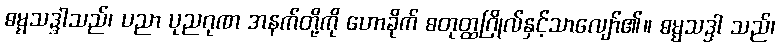
ဓမ္မသဒ္ဒါသည်၊ ပညာ ပုညဂုဏ အနက်တို့ကို ဟောခိုက် စတုတ္ထဂြိုလ်နှင့်သာလျော်၏။ ဓမ္မသဒ္ဒါ သည်၊